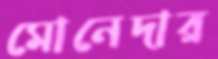
মোনেদার